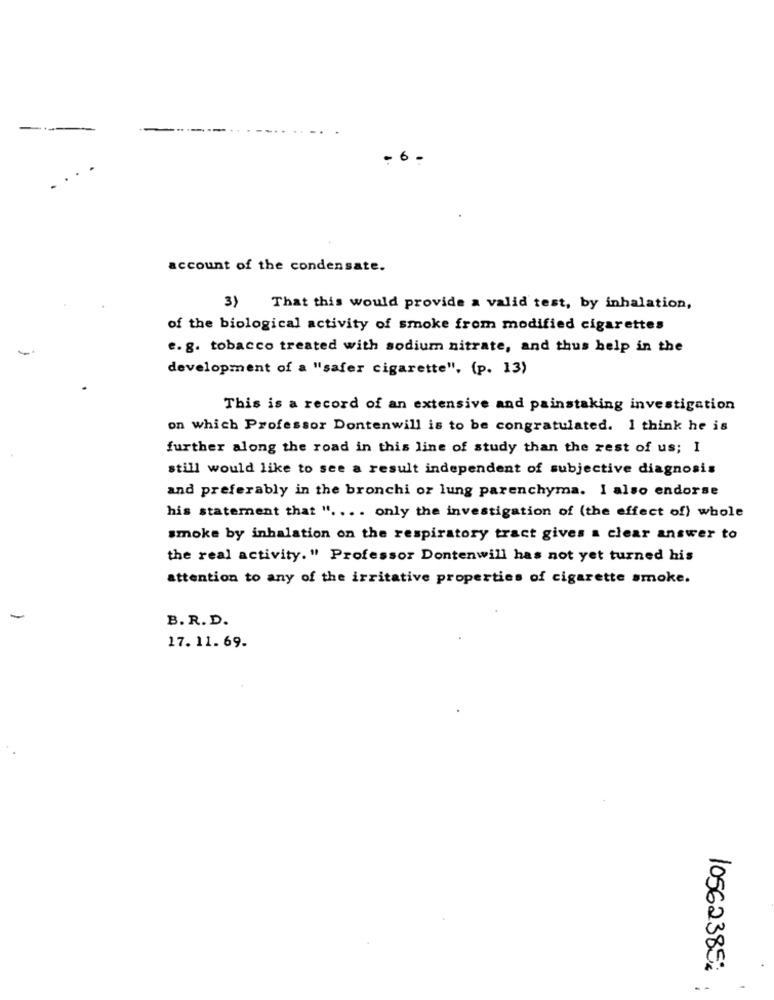
-
account of the condensate.
3}
That this would provide a valid test, by inhalation,
of the biological activity of smoke from modified cigarettes
e. g. tobacco treated with sodium nitrate, and thus help in the
development of a "safer cigarette", (p. 13)
This is a record of an extensive and painstaking investigation
on which Professor Dontenwill is to be congratulated. 1 think he is
further along the road in this line of study than the rest of us; I
still would like to see a result independent of subjective diagnosis
and preferably in the bronchi or lung parenchyma. I also endorse
his statement that " .... only the investigation of (the effect of) whole
smoke by inhalation on the respiratory tract gives a clear answer to
the real activity." Professor Dontenwill has not yet turned his
attention to any of the irritative properties of cigarette smoke.
-
B. R. D.
17. 11. 69.
10562385: